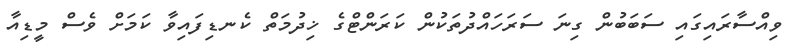
ވިއްސާރައިގައި ސަބަބުން ގިނަ ސަރަހައްދުތަކުން ކަރަންޓްގެ ޚިދުމަތް ކެނޑިފައިވާ ކަމަށް ވެސް މީޑިއާ